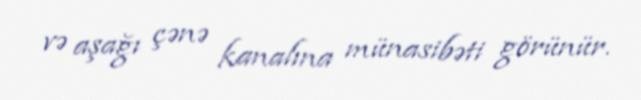
və aşağı çənə kanalına münasibəti görünür.